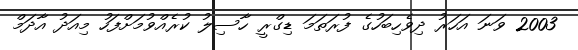
2003 ވަނަ އަހަރު ދިވެހިބަހުގެ ފުރަތަމަ ޑިގްރީ ހާސިލު ކުރެއްވުމަށްފަހު މިއަދު އާދަމް